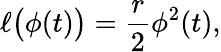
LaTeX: \ell\bigl(\phi(t)\bigr)=\frac{r}{2}\phi^{2}(t),